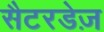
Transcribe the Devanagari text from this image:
सैटरडेज़